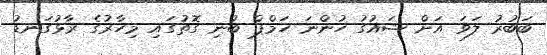
ބަބުރު ލަވަ އަށް ޝައުގު ހުންނަ ހަމްޕް ބުނި ގޮތުގައި މިހާރުގެ ރާޅުގަނޑު